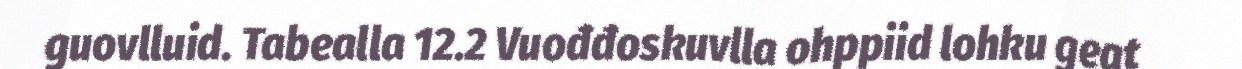
guovlluid. Tabealla 12.2 Vuođđoskuvlla ohppiid lohku geat